Elephants and their diseases
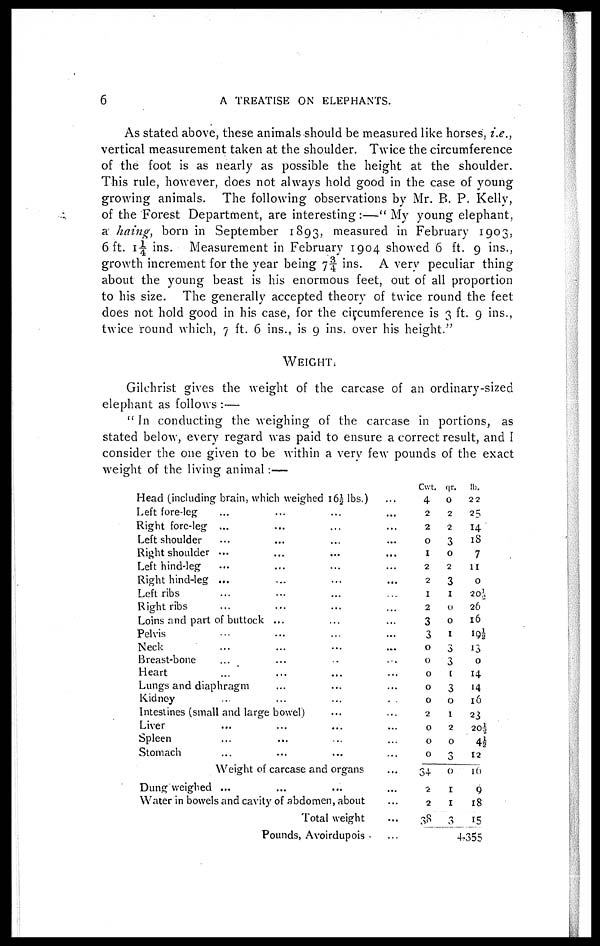
6
A TREATISE ON ELEPHANTS.
As stated above, these animals should be measured like horses, i.e.,
vertical measurement taken at the shoulder. Twice the circumference
of the foot is as nearly as possible the height at the shoulder.
This rule, however, does not always hold good in the case of young
growing animals. The following observations by Mr. B. P. Kelly,
of the Forest Department, are interesting:—" My young elephant,
a haing, born in September 1893, measured in February 1903,
6ft. 1¼ ins. Measurement in February 1904 showed 6 ft. 9 ins.,
growth increment for the year being 7¾ ins. A very peculiar thing
about the young beast is his enormous feet, out of all proportion
to his size. The generally accepted theory of twice round the feet
does not hold good in his case, for the circumference is 3 ft. 9 ins.,
twice round which, 7 ft. 6 ins., is 9 ins. over his height."
WEIGHT.
Gilchrist gives the weight of the carcase of an ordinary-sized
elephant as follows :—
"In conducting the weighing of the carcase in portions, as
stated below, every regard was paid to ensure a correct result, and I
consider the one given to be within a very few pounds of the exact
weight of the living animal :—
Head (including brain, which weighed 16½ lbs.)
Left fore-leg ...
Right fore-leg ...
Left shoulder ...
Right shoulder ...
Left hind-leg ...
Right hind-leg ...
Left ribs ...
Right ribs ...
Loins and part of buttock ...
Pelvis ...
Neck ...
Breast-bone ...
Heart ...
Lungs and diaphragm
Kidney
Intestines (small and large bowel)
Liver
Spleen
Stomach
Weight of carcase and organs
Dung weighed ...
Water in bowels and cavity of abdomen, about
Total weight
Pounds, Avoirdupois
Cwt.
4
2
2
0
1
2
2
1
2
3
3
0
0
0
0
0
2
0
0
0
34
2
2
38
qr.
0
2
2
3
0
2
3
1
0
0
1
3
3
1
3
0
1
2
0
3
0
1
1
3
Ib.
22
25
14
18
7
11
0
20½
26
16
19½
13
0
14
14
16
23
20½
4½
12
16
9
18
15
4,355